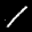
Label: 1